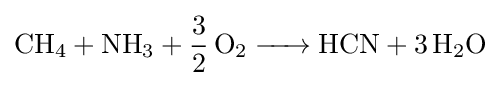
{\ce {CH4 + NH3 + 3/2 O2 -> HCN + 3 H2O}}